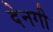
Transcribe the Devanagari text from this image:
देनगी